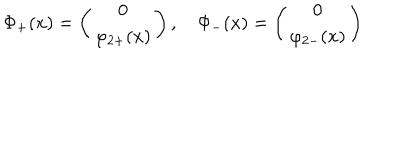
\Phi _ { + } ( x ) = \left( \begin{matrix} { { 0 } } \\ { { \varphi _ { 2 + } ( x ) } } \\ \end{matrix} \right) , \quad \Phi _ { - } ( x ) = \left( \begin{matrix} { { 0 } } \\ { { \varphi _ { 2 - } ( x ) } } \\ \end{matrix} \right)